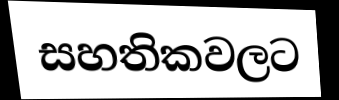
සහතිකවලට